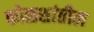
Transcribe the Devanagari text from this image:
कोळशांतील